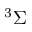
^ { 3 } \Sigma